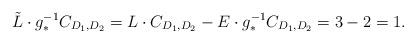
LaTeX: \begin{align*} \tilde L \cdot g_*^{-1}{C_{D_1,D_2}} = L \cdot {C_{D_1,D_2}} - E \cdot g_*^{-1}C_{D_1,D_2} = 3 - 2 = 1.\end{align*}